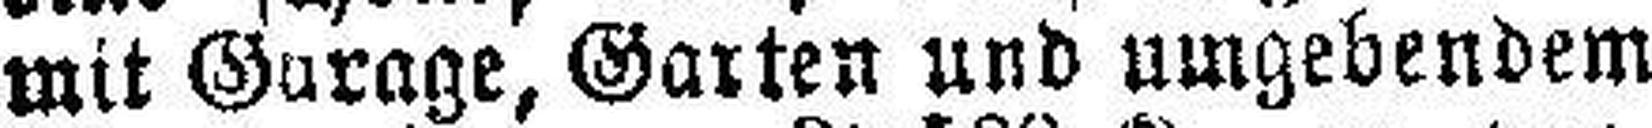
mit Garage, Garten und umgebendem